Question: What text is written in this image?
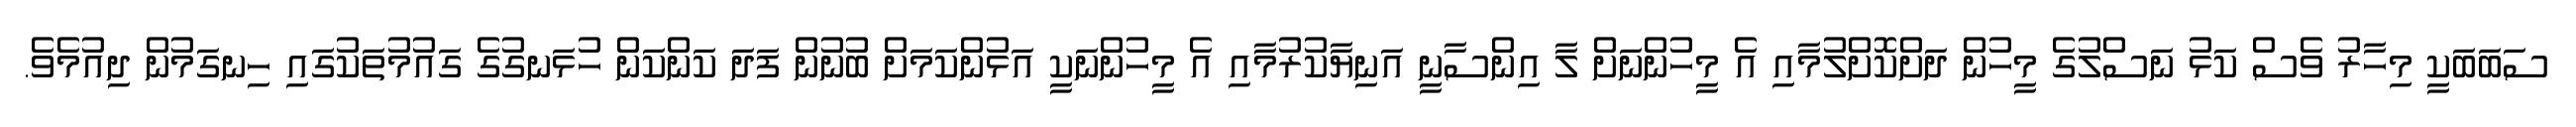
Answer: ސަބަބަކީ މިހާރު ވެސް ކަޅު ނަސްލުގެ މީހުން ދަށްކޮށްލުމާއި އެ މީހުންނަށް ލާ އިންސާނީ އަނިޔާކުރުމާއި އެ މީހުންނަކީ އަޅުންކަމަށް ބުނުން ފަދަ ކަންކަން ހުޅަނގުގެ ގައުމުތަކުގައި ހިނގަމުން ދިއުމެވެ.